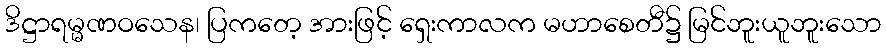
ဒိဋ္ဌာရမ္မဏဝသေန၊ ပြကတေ့ အားဖြင့် ရှေးကာလက မဟာစေတီ၌ မြင်ဘူးယူဘူးသော